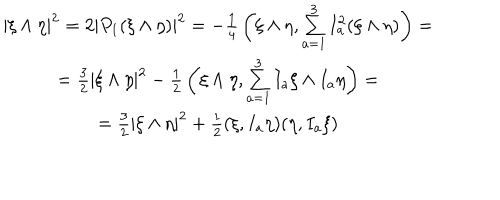
\begin{array} { c } { { | \xi \wedge \eta | ^ { 2 } = 2 | P _ { 1 } ( \xi \wedge \eta ) | ^ { 2 } = - { \frac { 1 } { 4 } } \left( \xi \wedge \eta , \sum _ { a = 1 } ^ { 3 } I _ { a } ^ { 2 } ( \xi \wedge \eta ) \right) = } } \\ { { = { \frac { 3 } { 2 } } | \xi \wedge \eta | ^ { 2 } - { \frac { 1 } { 2 } } \left( \xi \wedge \eta , \sum _ { a = 1 } ^ { 3 } I _ { a } \xi \wedge I _ { a } \eta \right) = } } \\ { { = { \frac { 3 } { 2 } } | \xi \wedge \eta | ^ { 2 } + { \frac { 1 } { 2 } } ( \xi , I _ { a } \eta ) ( \eta , I _ { a } \xi ) } } \\ \end{array}